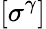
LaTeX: [\sigma^{\gamma}]